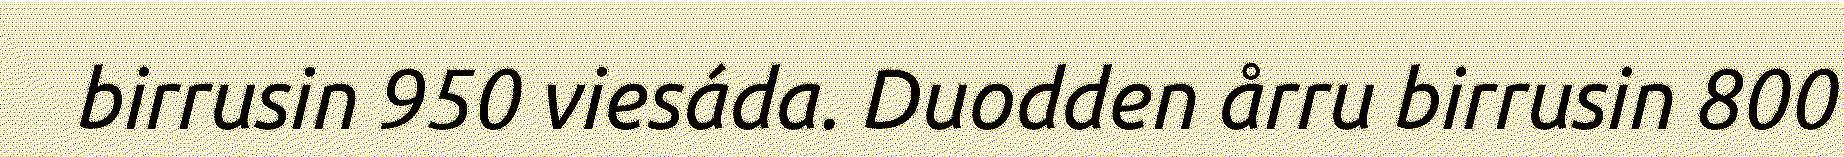
birrusin 950 viesáda. Duodden årru birrusin 800